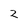
Character: 2